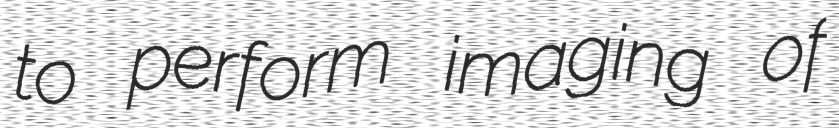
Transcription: to perform imaging of